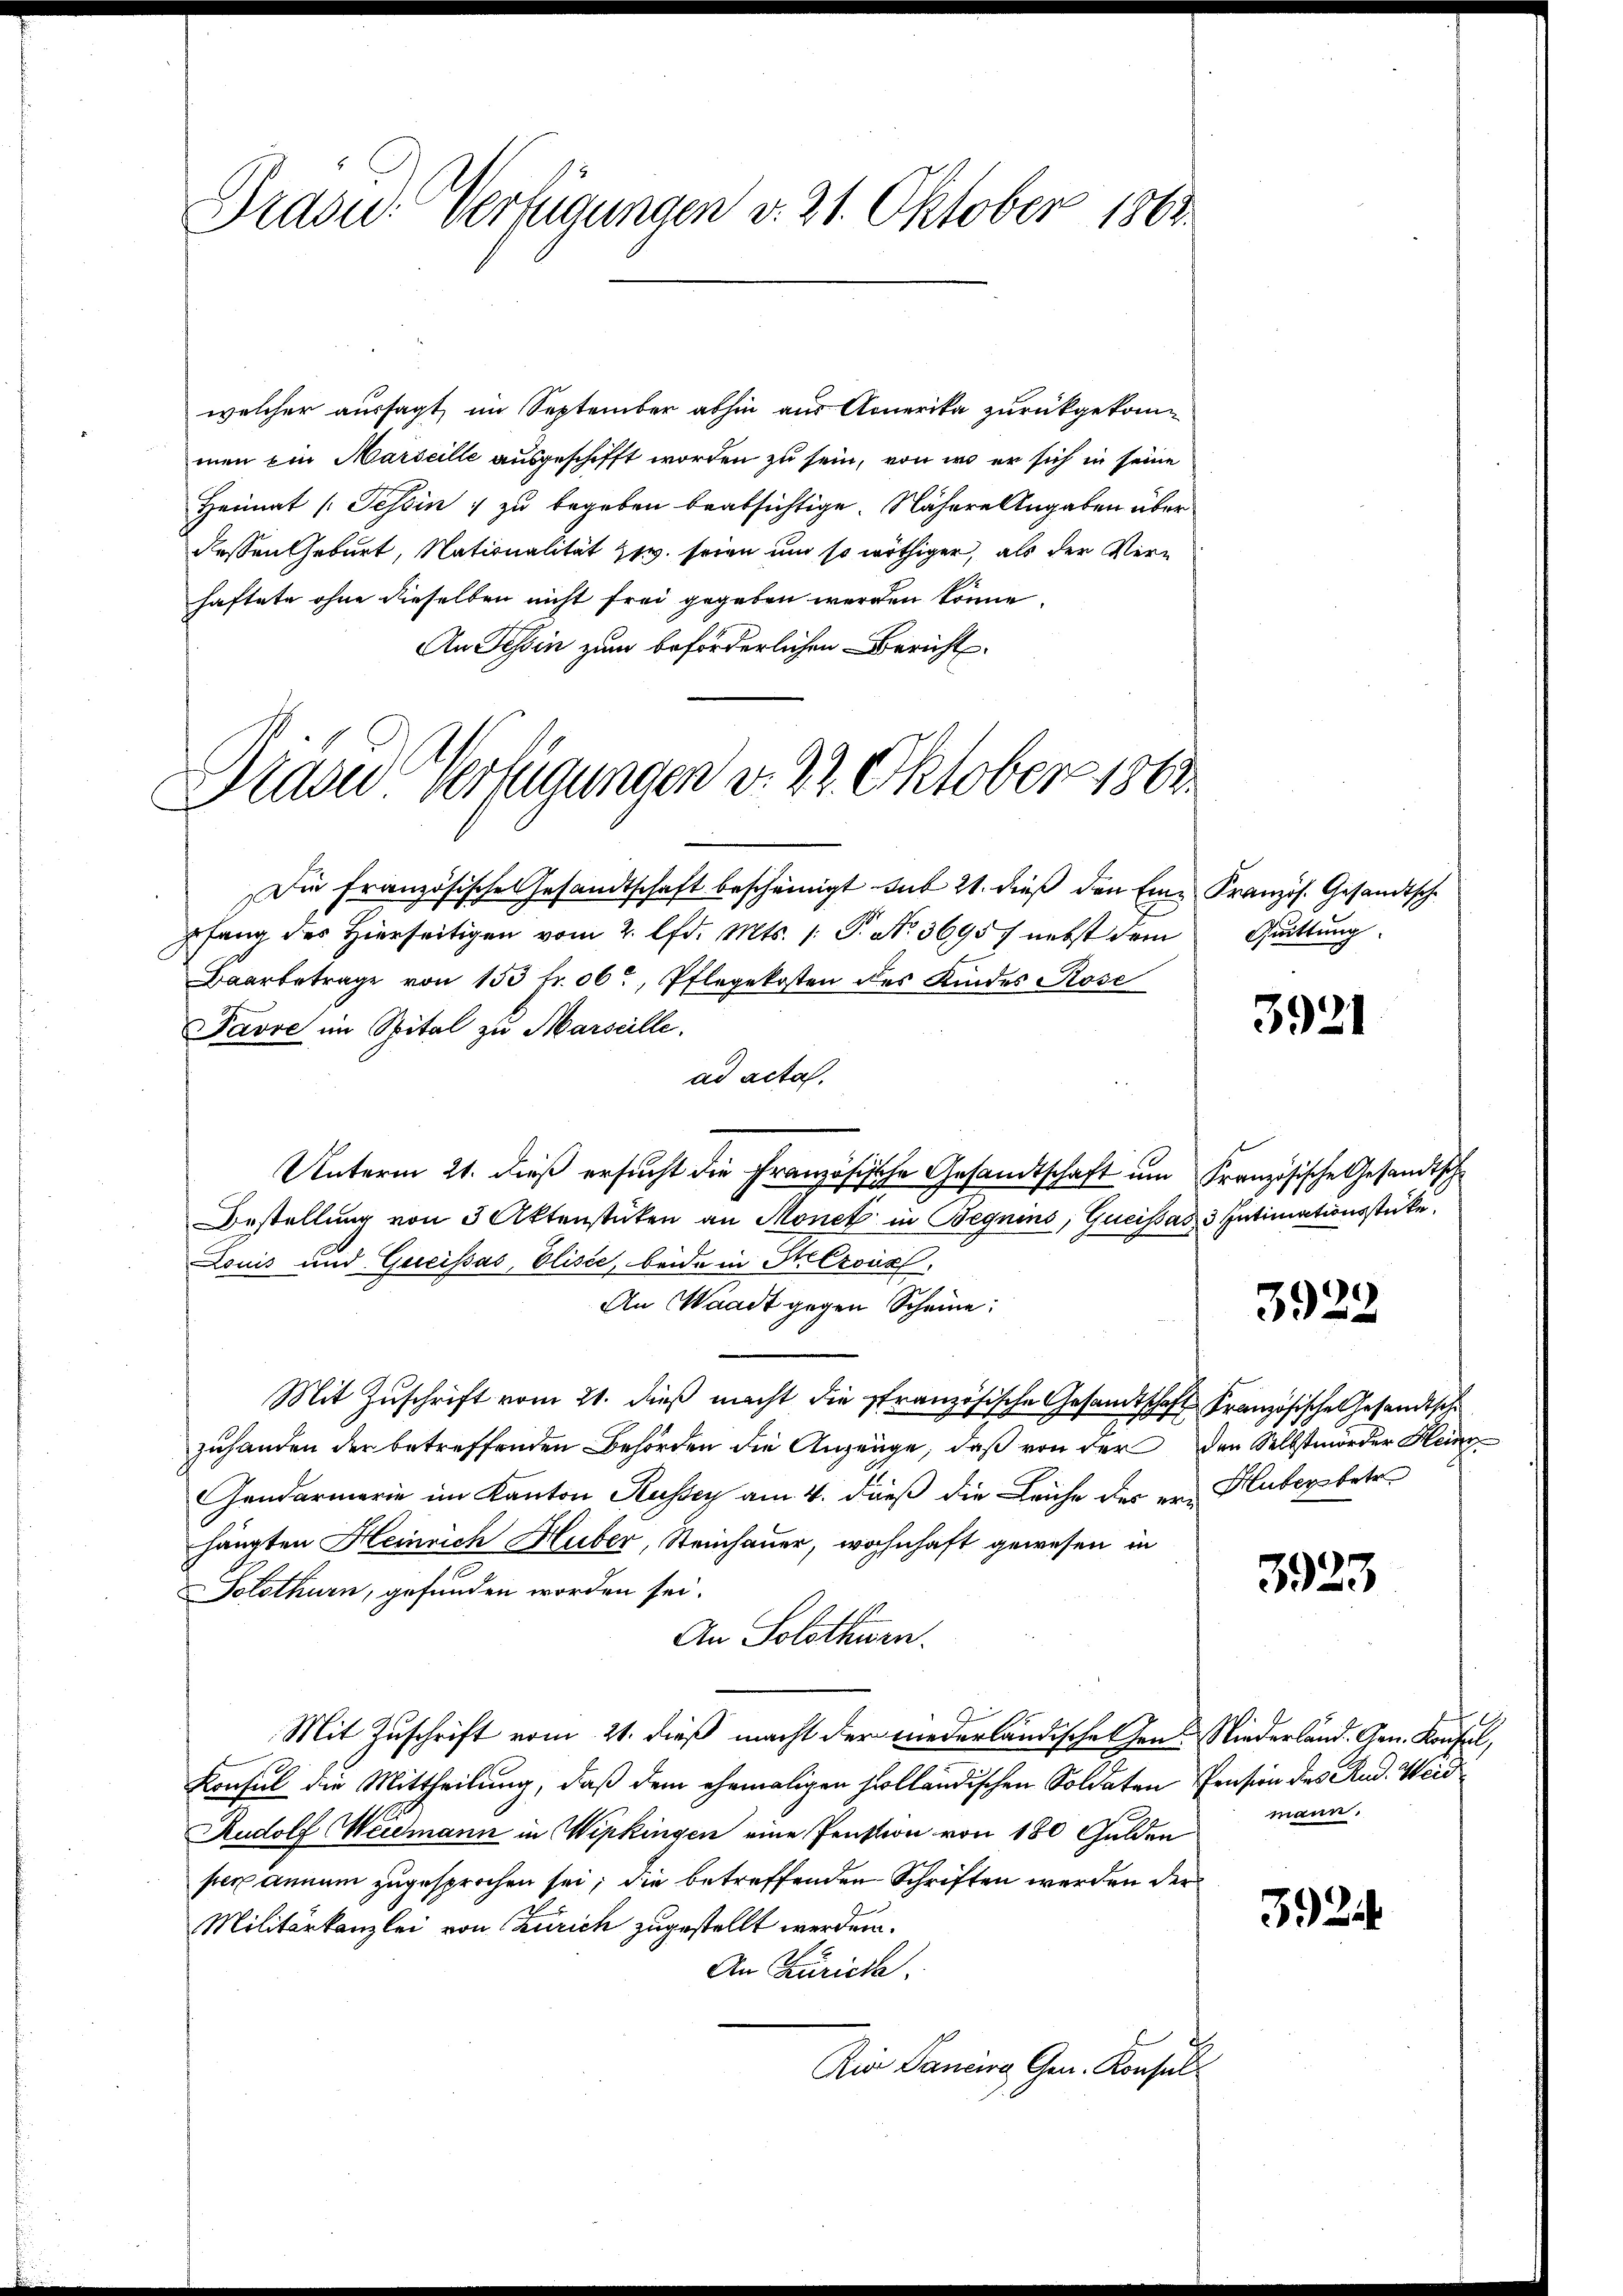
Prase Verfügungen v. 21. Oktober 1863

welcher aussagt, im September abhin aus Amerika zurückgekommen ein Marseille ausgeschifft worden zu sein, von wo er sich in seine
Heimat (Tessin zu begeben beabsichtige. Nähere Angaben überdessen Geburt, Nationalität zw. seien und so nöthiger, als der Verhaftete ohne dieselben nicht frei gegeben werden könne.
An Tessin zum beförderlichen Bericht¬
Die französische Gesandtschaft bescheinigt sub 21. dieß den Eine Französ. Gesandtsche
pfang des Hierseitigen vom 2. lfd. Mts. 1. P. Nr. 3695 f nebst dem
Baarbetrage von 153 fr. 06, Pflegekosten des Kindes Rose
Pavre im Spital zu Marseille.
ad acta.
Unterm 21. dieß ersucht die Französische Gesandtschaft um Französische Gesandtsche
Bestellung von 3 Aktenstücken an Monet in Begnins, Gueissas 3 Intimationsstücke.
Louis und Queissas, Elisée, beide in Mezous
An Waadt gegen Scheine:
Mit Zuschrift vom 21. dieß macht die französische Gesandtschaft Französische Gesandtsche
zuhanden der betreffenden Behörden die Anzeuge, daß von der den Selbstmörder Hein¬
Gendarmerie im Kanton Kussey am 4. dieß die Leiche der er Huberbetr.
hängten Heinrich Huber, Steinhauer, wohnhaft gewesen in
Solothurn, gefunden worden sei.
An Solothurn.
Mit Zuschrift vom 21. dieß macht der niederländischehen Niederland. Gen. Konsel,
Konsul die Mittheilung, daß dem ehemaligen Holländischen Soldaten Pension des Rud. Weid
Rudolf Weidmann in Wipkingen eine Pension von 180 Gulden
per annum zugesprochen sei; die betreffenden Schriften werden der
Militärkanzlei von Zürich zugestellt werden.
An Zürich.
Ain Pancira Gen. Konsul

Diäre Verfügungen v. 22. Oktober 1863.

Quittung.

3921

3922

3923

mann.

3024